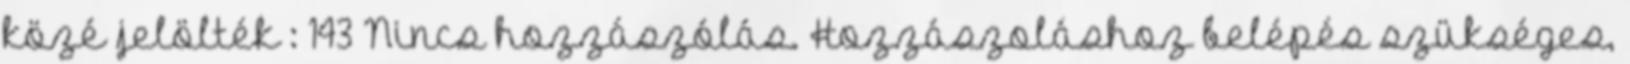
közé jelölték : 143 Nincs hozzászólás. Hozzászoláshoz belépés szükséges,